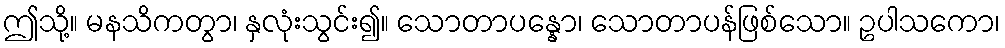
ဤသို့။ မနသိကတွာ၊ နှလုံးသွင်း၍။ သောတာပန္နော၊ သောတာပန်ဖြစ်သော။ ဥပါသကော၊